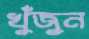
খুঁজুন